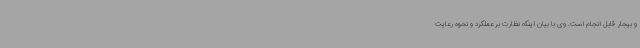
و بیجار قابل انجام است. وی با بیان اینکه نظارت بر عملکرد و نحوه رعایت